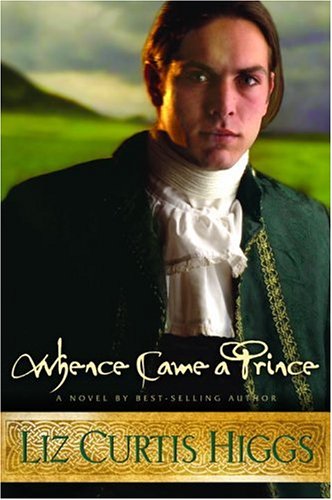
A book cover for Whence Came a Prince (Lowlands of Scotland Series #3); Liz Curtis Higgs; Romance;